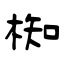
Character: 椥